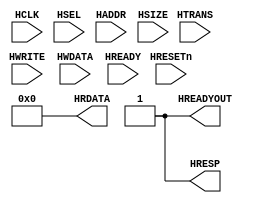
module ahb_null
  (
    input wire HCLK,    // Clock
    input wire HRESETn, // Reset
    input wire HSEL,    // Device select
    input wire [ 15: 0] HADDR,   // Address
    input wire [ 1: 0] HTRANS,  // Transfer control
    input wire [ 2: 0] HSIZE,   // Transfer size
    input wire HWRITE,  // Write control
    input wire [ 31: 0] HWDATA,  // Write data
    input wire HREADY,  // Transfer phase done

    output wire HREADYOUT, // Device ready
    output wire [ 31: 0] HRDATA,  // Read data output
    output wire HRESP   // Device response (always OKAY)

  );

  // err
  assign HRESP = 1'b1;
  // slave always ready
  assign HREADYOUT = 1'b1;
  // no data
  assign HRDATA = 0;

endmodule